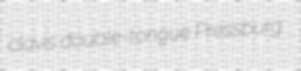
clavis double-tongue Pressburg